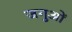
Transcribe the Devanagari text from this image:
जगुओं